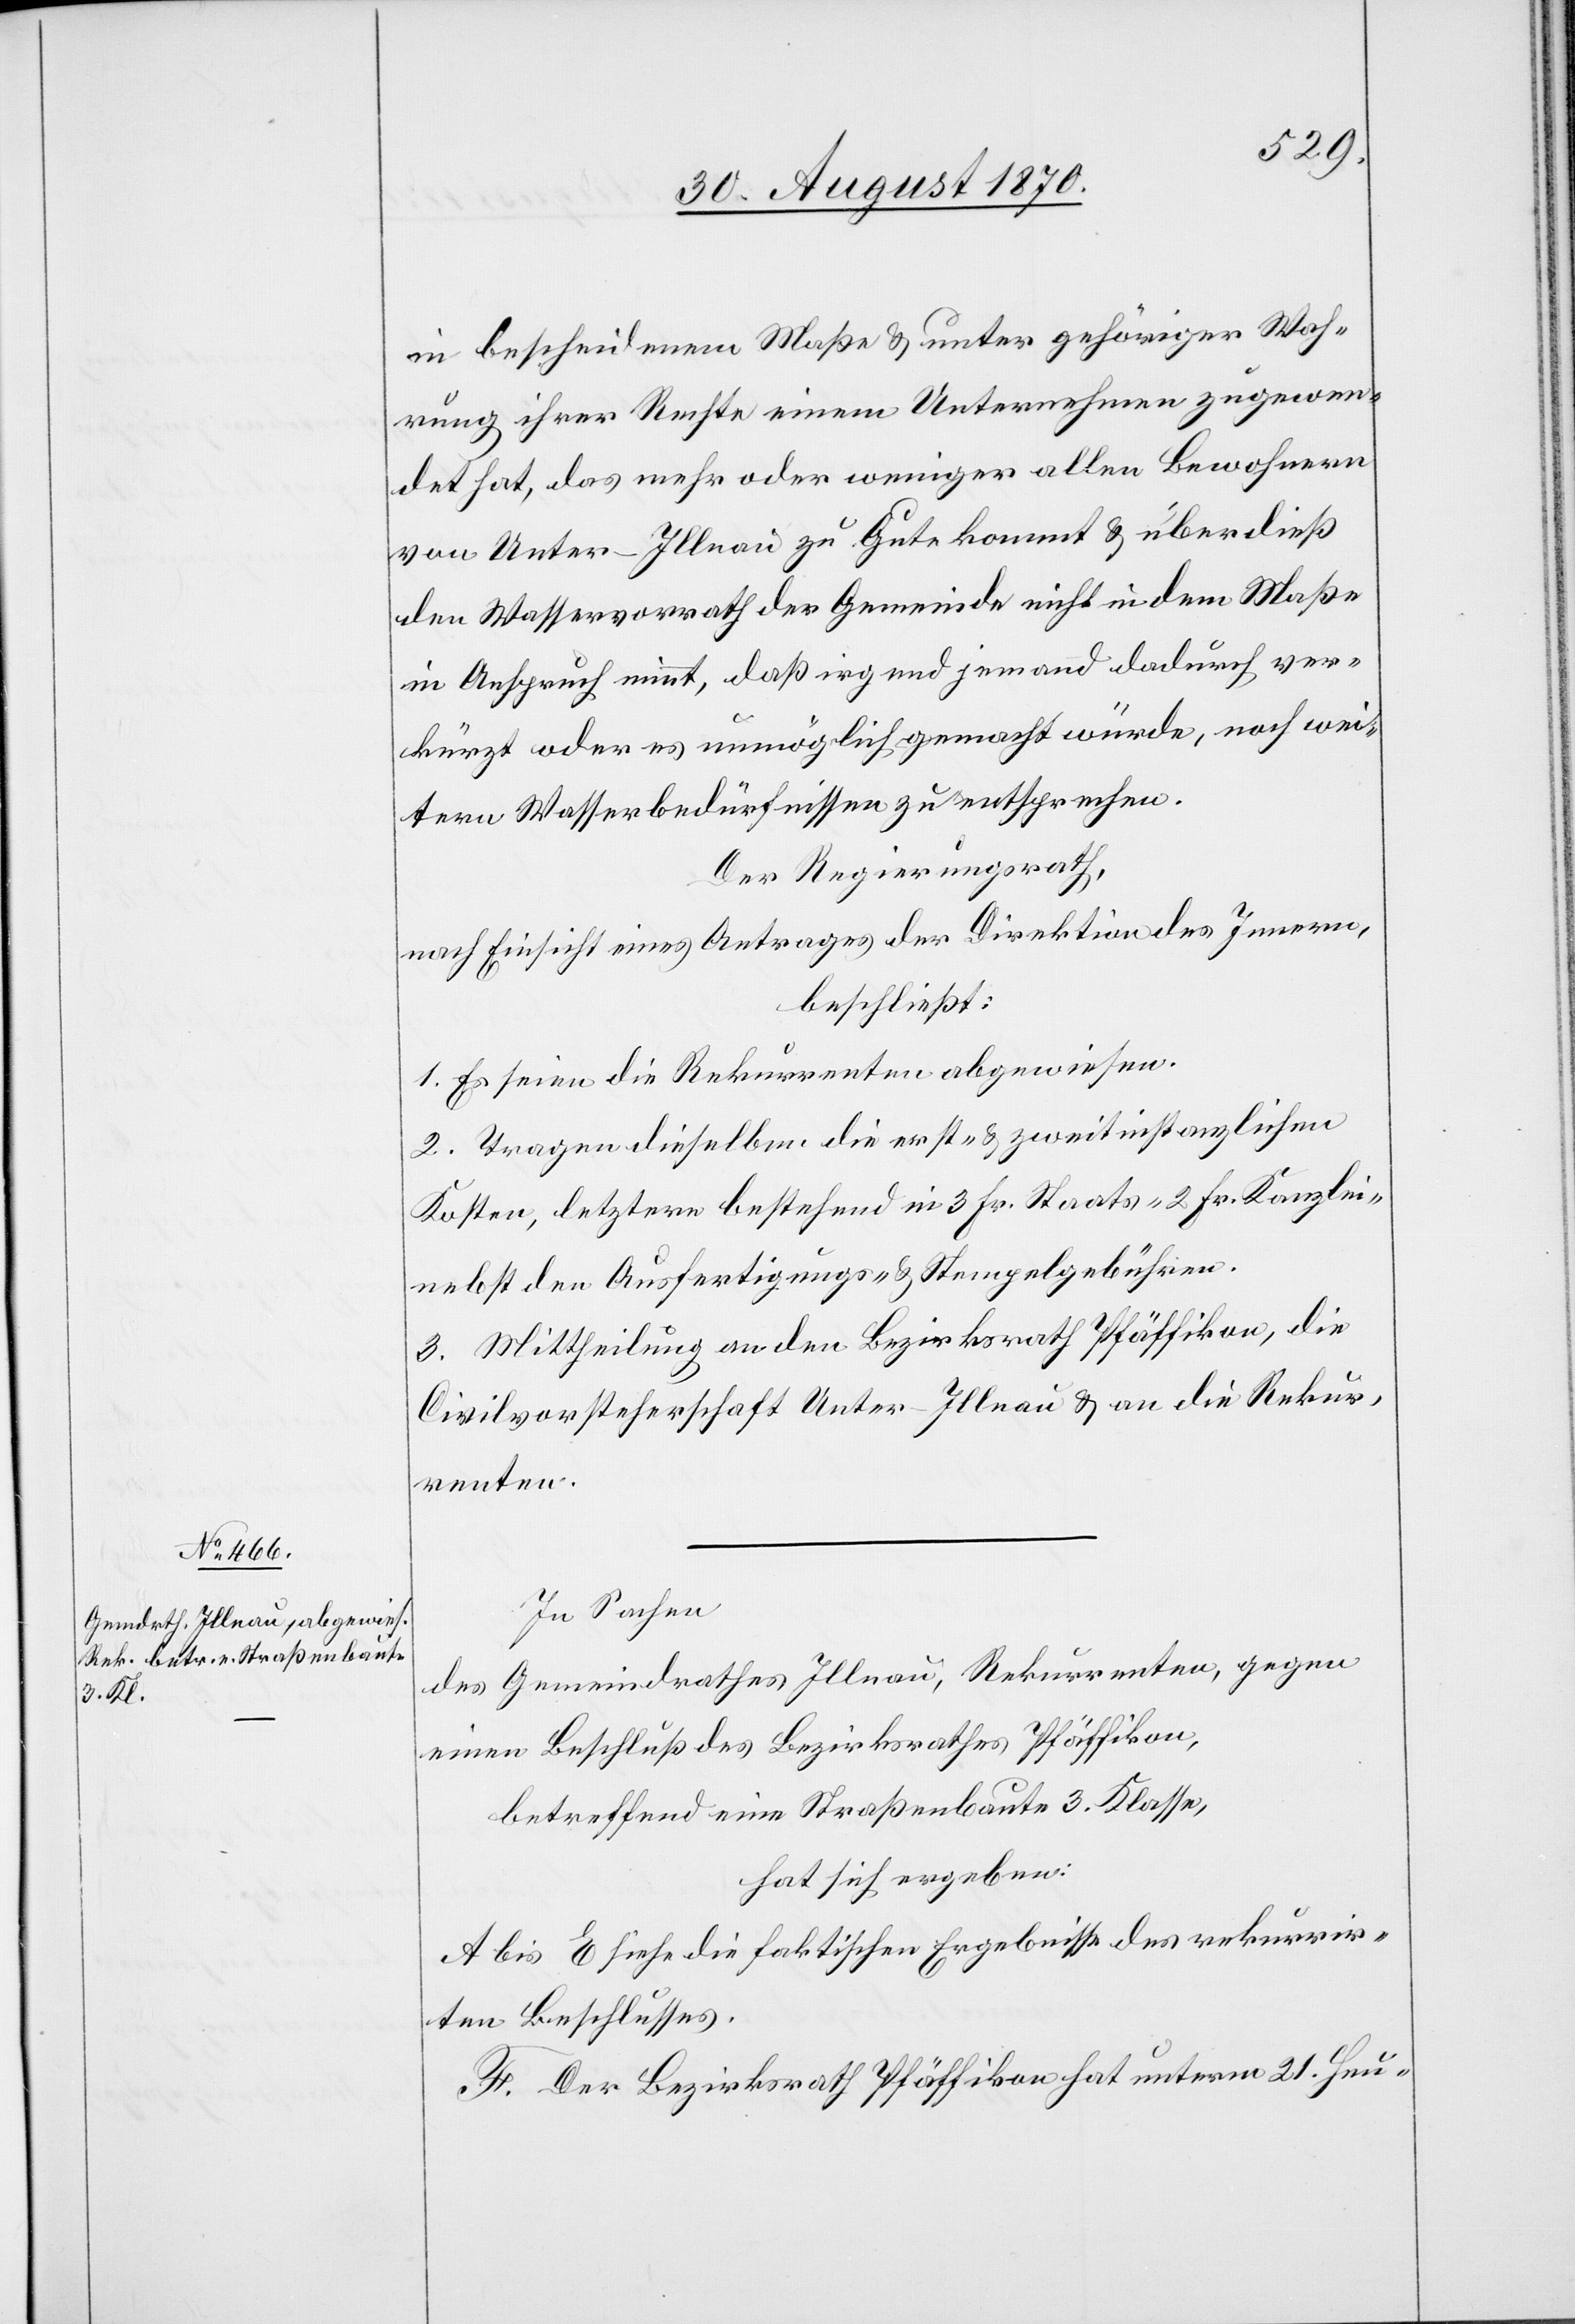
in bescheidenem Maße & unter gehöriger Wah¬
rung ihrer Rechte einem Unternehmen zugewen¬
det hat, das mehr oder weniger allen Bewohnern
von Unter-Illnau zu Gute kommt & überdieß
den Wasservorrath der Gemeinde nicht in dem Maße
in Anspruch nimmt, daß irgend jemand dadurch ver¬
kürzt oder es unmöglich gemacht würde, noch wei¬
tern Wasserbedürfnissen zu entsprechen.
Der Regierungsrath,
nach Einsicht eines Antrages der Direktion des Innern,
beschließt:
1. Es seien die Rekurrenten abgewiesen.
2. Tragen dieselben die erst- & zweitinstanzlichen
Kosten, letztere bestehend in 3 Fr. Staats- 2 Fr. Kanzlei-
nebst den Ausfertigungs- & Stempelgebühren.
3. Mittheilung an den Bezirksrath Pfäffikon, die
Civilvorsteherschaft Unter-Illnau & an die Rekur¬
renten.
In Sachen
des Gemeindrathes Illnau, Rekurrenten, gegen
einen Beschluß des Bezirksrathes Pfäffikon,
betreffend eine Straßenbaute 3. Klasse,
hat sich ergeben:
A bis E siehe die faktischen Ergebnisse des rekurrir¬
ten Beschlusses.
F. Der Bezirksrath Pfäffikon hat unterm 21. Heu-